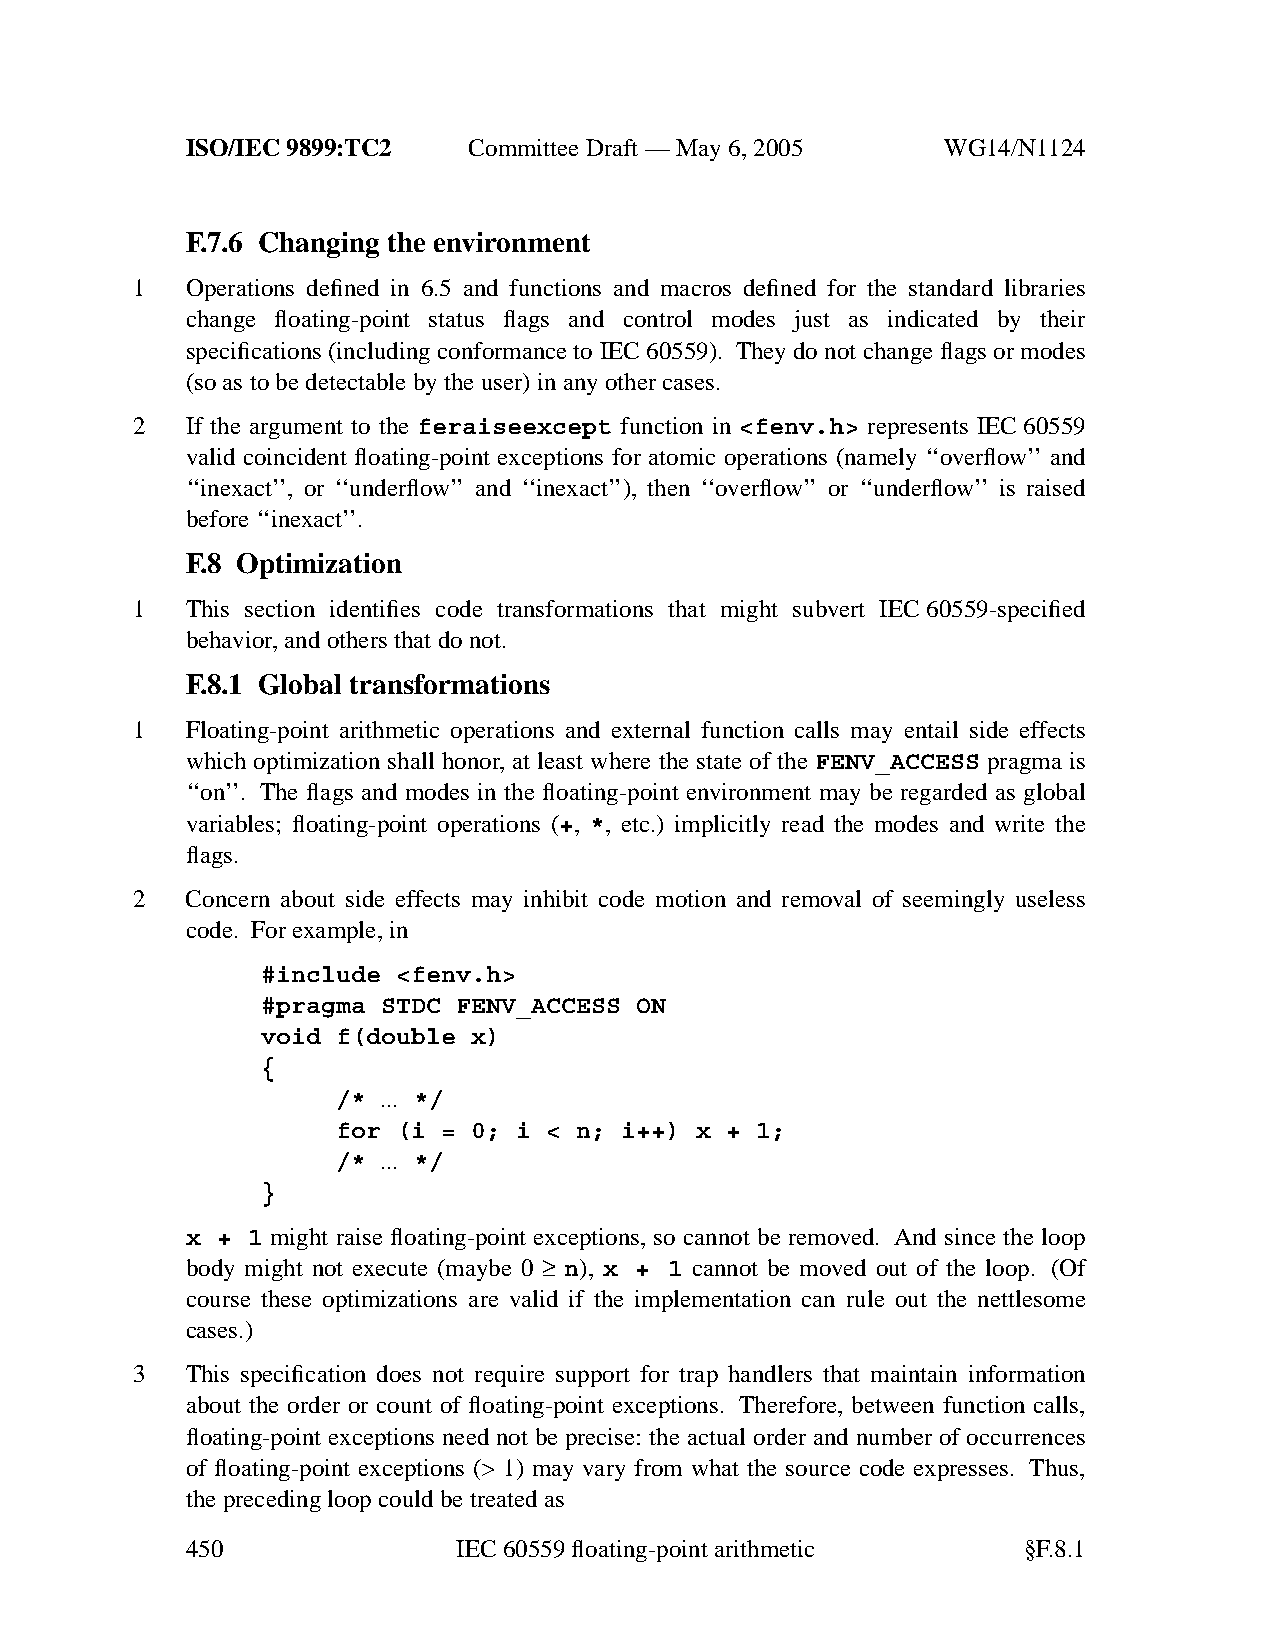
ISO/IEC 9899:TC2   Committee Draft — May 6, 2005   WG14/N1124
 F.7.6 Changing the environment
 1  Operations defined in 6.5 and functions and macros defined for the standard libraries
 change floating-point status flags and control modes just as indicated by their
 specifications (including conformance to IEC60559). They do not change flags or modes
 (so as to be detectable by the user) in anyother cases.
 2  If the argument to the feraiseexcept function in <fenv.h> represents IEC60559
 valid coincident floating-point exceptions for atomic operations (namely ‘‘overflow’’ and
 ‘‘inexact’’, or ‘‘underflow’’ and ‘‘inexact’’), then ‘‘overflow’’ or ‘‘underflow’’ is raised
 before ‘‘inexact’’.
 F.8 Optimization
 1  This section identifies code transformations that might subvert IEC60559-specified
 behavior,and others that do not.
 F.8.1 Global transformations
 1  Floating-point arithmetic operations and external function calls may entail side effects
 which optimization shall honor, at least where the state of the FENV_ACCESS pragma is
 ‘‘on’’. The flags and modes in the floating-point environment may be regarded as global
 variables; floating-point operations (+, *, etc.) implicitly read the modes and write the
 flags.
 2  Concern about side effects may inhibit code motion and removal of seemingly useless
 code. For example, in
 #include <fenv.h>
 #pragma STDC FENV_ACCESS ON
 void f(double x)
 {
 /* ... */
 for (i = 0; i < n; i++) x + 1;
 /* ... */
 }
 x + 1 might raise floating-point exceptions, so cannot be removed. And since the loop
 body might not execute (maybe 0 ≥ n), x + 1 cannot be moved out of the loop. (Of
 course these optimizations are valid if the implementation can rule out the nettlesome
 cases.)
 3  This specification does not require support for trap handlers that maintain information
 about the order or count of floating-point exceptions. Therefore, between function calls,
 floating-point exceptions need not be precise: the actual order and number of occurrences
 of floating-point exceptions (> 1) may vary from what the source code expresses. Thus,
 the preceding loop could be treated as
 450               IEC 60559 floating-point arithmetic   §F.8.1